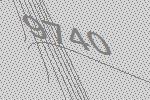
9740